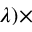
\lambda ) \times